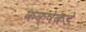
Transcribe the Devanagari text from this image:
कक्षेकडे